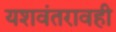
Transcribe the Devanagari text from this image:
यशवंतरावही